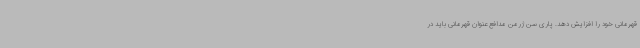
قهرمانی خود را افزایش دهد. پاری سن ژرمن مدافع عنوان قهرمانی باید در